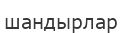
шандырлар